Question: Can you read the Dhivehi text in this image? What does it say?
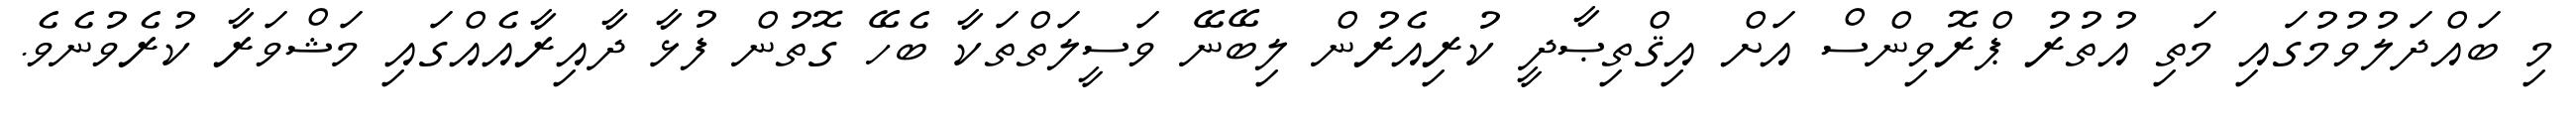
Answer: މި ބައްދަލުވުމުގައި މަތި އުތުރު ޕްރޮވިންސް އަށް އިޤްތިޞާދީ ކުރިއެރުން ލިބޭނޭ ވަސީލަތްތަކާ ބެހޭ ގޮތުން ފުޅާ ދާއިރާއެއްގައި މަޝްވަރާ ކުރެވުނެވެ.